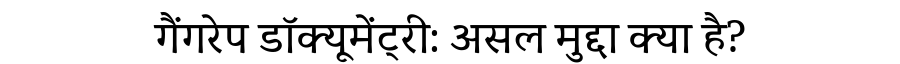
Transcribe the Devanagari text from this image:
गैंगरेप डॉक्यूमेंट्री: असल मुद्दा क्या है?